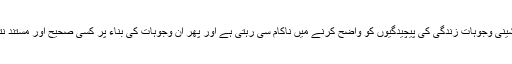
اس طرح کی سائنسی اور مشینی وجوہات زندگی کی پیچیدگیوں کو واضح کرنے میں ناکام سی رہتی ہے اور پھر ان وجوہات کی بناء پر کسی صحیح اور مستند نتیجے تک پہنچنا ممکن نہیں۔